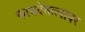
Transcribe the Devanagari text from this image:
फायदेतत्त्वावर